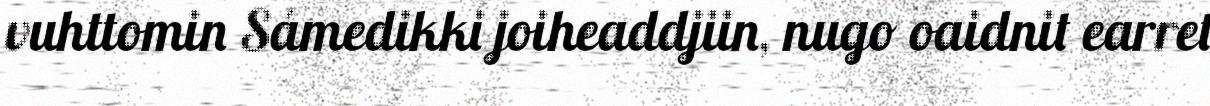
vuhttomin Sámedikki joiheaddjiin, nugo oaidnit earret